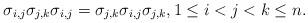
LaTeX: \begin{gather*}\sigma_{i,j} \sigma_{j,k} \sigma_{i,j}=\sigma_{j,k} \sigma_{i,j} \sigma_{j,k}, 1 \le i < j <k \le n.\end{gather*}